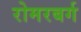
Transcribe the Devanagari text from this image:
रोमरबर्ग